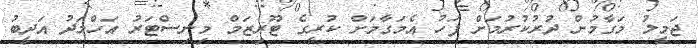
ޖަމީލު މަގާމުން ދުރުކުރުމަށް ފަހު އެމަގާމަށް ކުރީގެ ޓޫރިޒަމް މިނިސްޓަރު އަހްމަދު އަދީބު